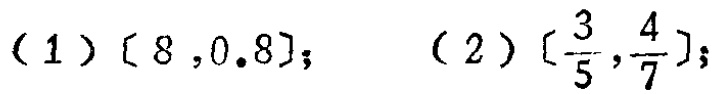
(1) $[8,0.8]$; (2) $[\frac{3}{5},\frac{4}{7}]$;